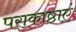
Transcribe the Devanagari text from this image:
पराकाष्ठाएं